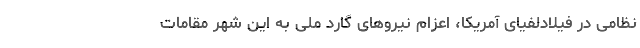
نظامی در فیلادلفیای آمریکا، اعزام نیروهای گارد ملی به این شهر مقامات